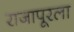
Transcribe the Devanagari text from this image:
राजापूरला